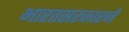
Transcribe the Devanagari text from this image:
भारतसरकारने